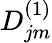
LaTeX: D_{jm}^{(1)}